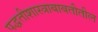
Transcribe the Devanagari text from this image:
पद्धतीशास्त्राबाबतीतील